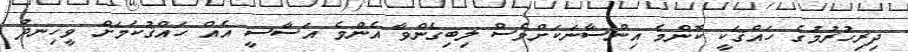
ދިރިހުރުމުގެ ހައްޤަކީ ކޮންމެ އިންސާނަކަށްވެސް ލިބިގެންވާ އެންމެ އަސާސީ އެއް ހައްޤުކަމަށް ވީހިނދު